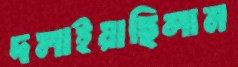
দলাইয়াছিলাম